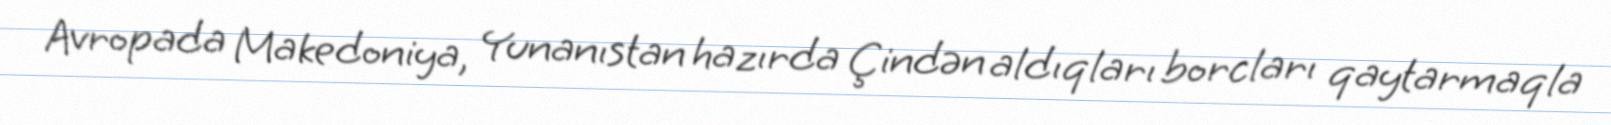
Avropada Makedoniya, Yunanıstan hazırda Çindən aldıqları borcları qaytarmaqla